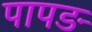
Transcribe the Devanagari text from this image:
पापङ